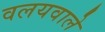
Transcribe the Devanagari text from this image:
वलयवाले